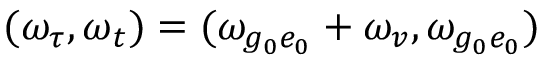
( \omega _ { \tau } , \omega _ { t } ) = ( \omega _ { g _ { 0 } e _ { 0 } } + \omega _ { v } , \omega _ { g _ { 0 } e _ { 0 } } )